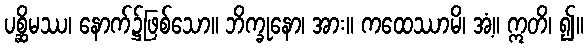
ပစ္ဆိမဿ၊ နောက်၌ဖြစ်သော။ ဘိက္ခုနော၊ အား။ ကထေဿာမိ၊ အံ့။ ဣတိ၊ ၍။